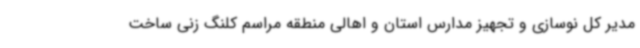
مدیر کل نوسازی و تجهیز مدارس استان و اهالی منطقه مراسم کلنگ زنی ساخت